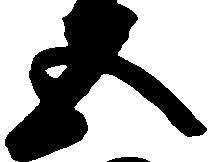
五